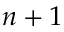
n + 1